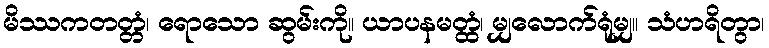
မိဿကတတ္တံ၊ ရောသော ဆွမ်းကို။ ယာပနမတ္ထံ၊ မျှလောက်ရုံမျှ။ သံဟရိတွာ၊